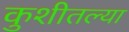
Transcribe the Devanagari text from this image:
कुशीतल्या